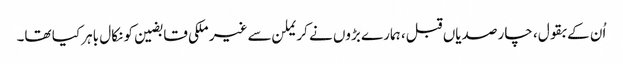
اُن کے بقول، چار صدیاں قبل، ہمارے بڑوں نے کریملن سے غیر ملکی قابضین کو نکال باہر کیا تھا۔